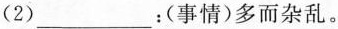
(2)___；(事情)多而杂乱。